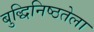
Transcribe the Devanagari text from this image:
बुद्धिनिष्ठतेला